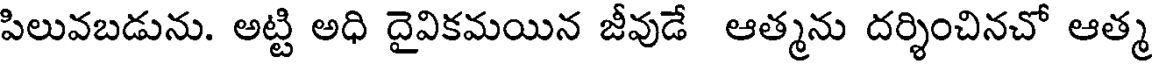
పిలువబడును. అట్టి అధి దైవికమయిన జీవుడే ఆత్మను దర్శించినచో ఆత్మ